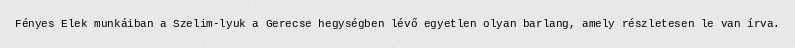
Fényes Elek munkáiban a Szelim-lyuk a Gerecse hegységben lévő egyetlen olyan barlang, amely részletesen le van írva.